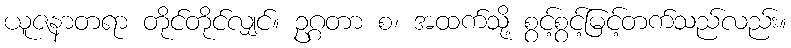
ယူဇနာတရာ တိုင်တိုင်လျှင်။ ဥဂ္ဂတာ စ၊ အထက်သို့ စွင့်စွင့်မြင့်တက်သည်လည်း။